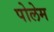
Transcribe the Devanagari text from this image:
पोलेम